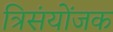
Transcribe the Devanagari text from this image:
त्रिसंयोंजक